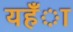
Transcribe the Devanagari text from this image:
यहँा